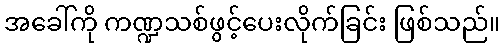
အခေါ်ကို ကဏ္ဍသစ်ဖွင့်ပေးလိုက်ခြင်း ဖြစ်သည်။